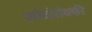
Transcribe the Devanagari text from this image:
जोदोरोव्स्की